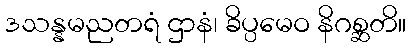
ဒသန္နမညတရံ ဌာနံ၊ ခိပ္ပမေဝ နိဂစ္ဆတိ။